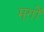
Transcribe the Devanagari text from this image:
मूगों